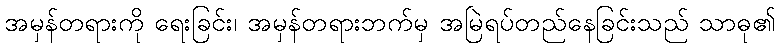
အမှန်တရားကို ရေးခြင်း၊ အမှန်တရားဘက်မှ အမြဲရပ်တည်နေခြင်းသည် သာဓု၏